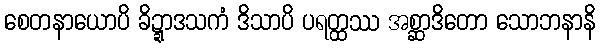
စေတနာယောပိ ခိဍ္ဍာဒသကံ ဒိသာပိ ပရတ္ထဿ အစ္ဆာဒိတော သောဘနာနိ